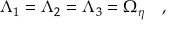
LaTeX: \Lambda _ { 1 } = \Lambda _ { 2 } = \Lambda _ { 3 } = \Omega _ { \eta } ~ ~ ~ ,